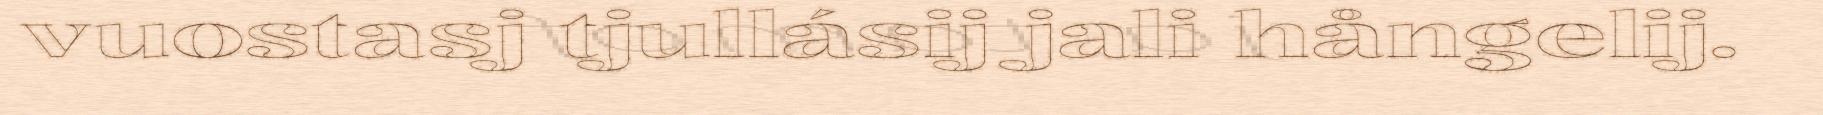
vuostasj tjullásij jali hångelij.